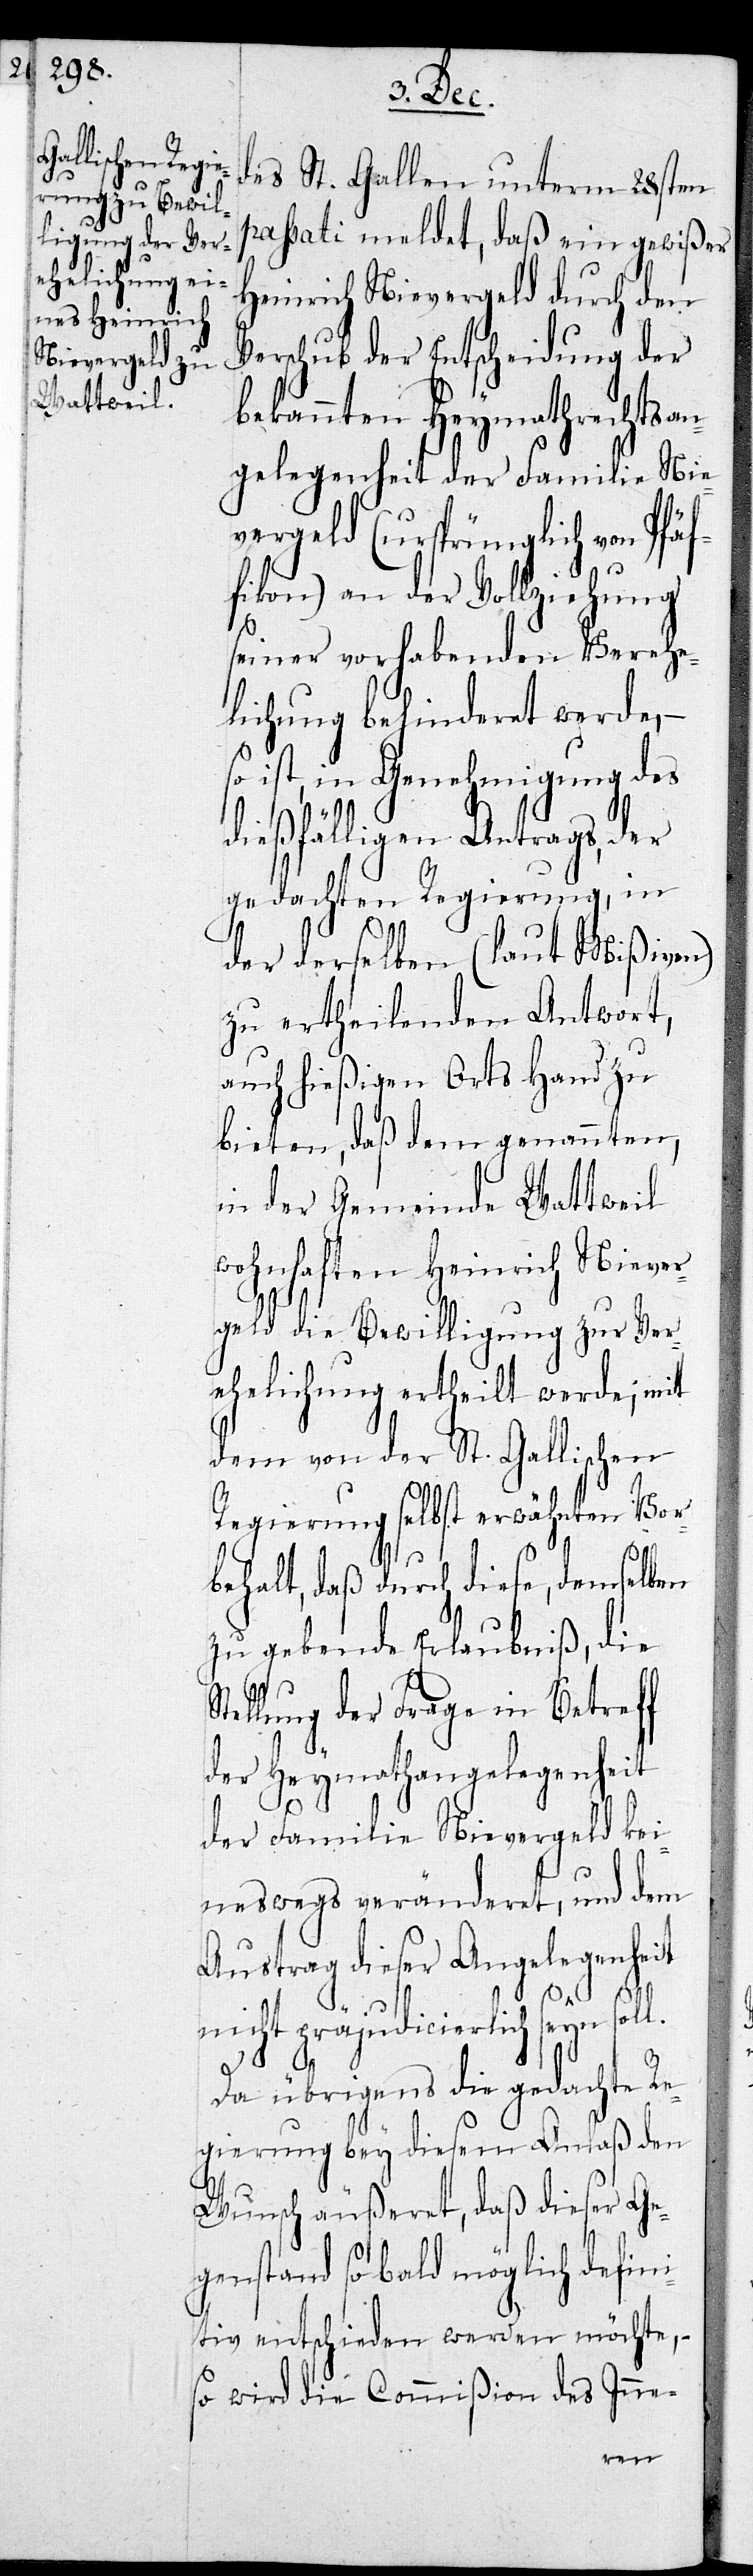
des St. Gallen unterm 28sten
passati meldet, daß ein gewißer
Heinrich Nievergeld durch den
Vorschub der Entscheidung der
bekannten Heymathrechtsan¬
gelegenheit der Familie Nie¬
vergeld (ursprünglich von Pfäf¬
fikon) an der Vollziehung
seiner vorhabenden Verehe¬
lichung behinderet werde, –
ist, in Genehmigung des
dießfälligen Antrags, der
gedachten Regierung, in
der derselben (laut Mißiven)
zu ertheilenden Antwort,
auch hießigen Orts Hand zu
bieten, daß dem genannten,
in der Gemeinde Wattweil
wohnhaften Heinrich Niever¬
geld die Bewilligung zur Ver¬
ehelichung ertheilt werde; mit
dem von der St. Gallischen
Regierung selbst erwähnten Vor¬
behalt, daß durch diese, demselben
zu gebende Erlaubnis, die
Stellung der Frage in Betreff
der Heymathangelegenheit
der Familie Nievergeld kei¬
neswegs veränderet, und dem
Austrag dieser Angelegenheit
nicht präjudicierlich seyn sol¬
l.
Da übrigens die gedachte Re¬
gierung bey diesem Anlaß den
Wunsch äußeret, daß dieser Ge¬
genstand so bald möglich defini¬
tiv entschieden werden möchte, -
so wird die Commißion das Inne-